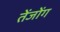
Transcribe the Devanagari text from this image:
तेंजोंग